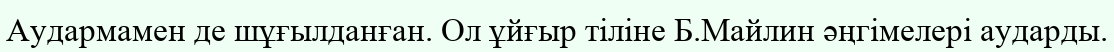
Аудармамен де шұғылданған. Ол ұйғыр тіліне Б.Майлин әңгімелері аударды.